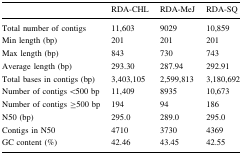
<table><thead><tr><td></td><td><b>RDA-CHL</b></td><td><b>RDA-MeJ</b></td><td><b>RDA-SQ</b></td></tr></thead><tbody><tr><td>Total number of contigs</td><td>11,603</td><td>9029</td><td>10,859</td></tr><tr><td>Min length (bp)</td><td>201</td><td>201</td><td>201</td></tr><tr><td>Max length (bp)</td><td>843</td><td>730</td><td>743</td></tr><tr><td>Average length (bp)</td><td>293.30</td><td>287.94</td><td>292.91</td></tr><tr><td>Total bases in contigs (bp)</td><td>3,403,105</td><td>2,599,813</td><td>3,180,692</td></tr><tr><td>Number of contigs &lt;500 bp</td><td>11,409</td><td>8935</td><td>10,673</td></tr><tr><td>Number of contigs ≥500 bp</td><td>194</td><td>94</td><td>186</td></tr><tr><td>N50 (bp)</td><td>295.0</td><td>289.0</td><td>295.0</td></tr><tr><td>Contigs in N50</td><td>4710</td><td>3730</td><td>4369</td></tr><tr><td>GC content (%)</td><td>42.46</td><td>43.45</td><td>42.55</td></tr></tbody></table>